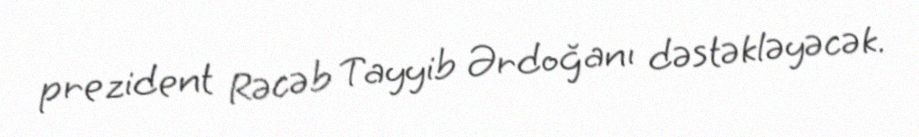
prezident Rəcəb Tayyib Ərdoğanı dəstəkləyəcək.